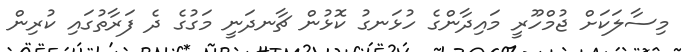
މިސާލަކަށް ޖުމްހޫރީ މައިދާންގެ ހުޅަނގު ކޮޅުން ޗާނދަނީ މަގުގެ ދެ ފަރާތުގައި ކުރިން